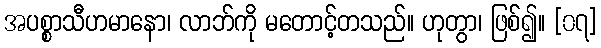
အပစ္စာသီဟမာနော၊ လာဘ်ကို မတောင့်တသည်။ ဟုတွာ၊ ဖြစ်၍။ [၀၇]